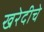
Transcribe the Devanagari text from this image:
खरेदीचे